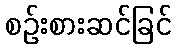
စဉ်းစားဆင်ခြင်